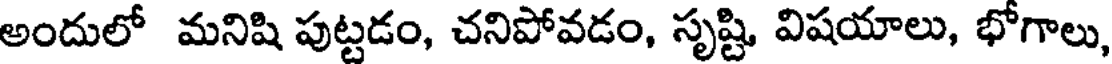
అందులో మనిషి పుట్టడం, చనిపోవడం, సృష్టి విషయాలు, భోగాలు,